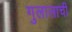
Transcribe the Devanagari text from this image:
गुलालाची